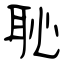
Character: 恥